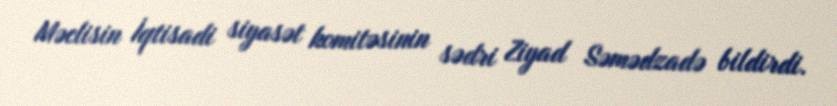
Məclisin İqtisadi siyasət komitəsinin sədri Ziyad Səmədzadə bildirdi.